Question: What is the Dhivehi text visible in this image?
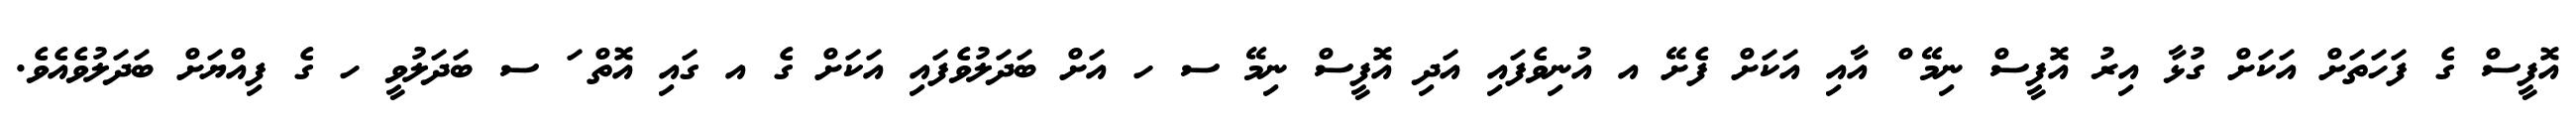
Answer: އޮފީސް ގެ ފަހަތަށް އަކަށް ގުޅާ އިރު އޮފީސް ނިމޭ ް އާއި އަކަށް ފެށޭ އ އުނިވެފައި އަދި އޮފީސް ނިމޭ ސ ހ އަށް ބަދަލުވެފައި އަކަށް ގެ އ ގައި އޮތް ަ ސ ބަދަލުވީ ހ ގެ ފިއްޔަށް ބަދަލުވެއެވެ.